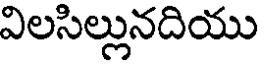
విలసిల్లునదియు